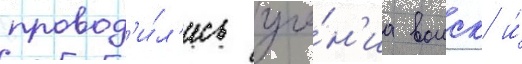
провод'и́л'ись уче́н'иа воиск и́